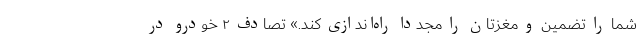
شما را تضمین و مغزتان را مجدداً راه‌اندازی کند.» تصادف ۲ خودرو در